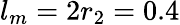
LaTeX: l_{m}=2r_{2}=0.4